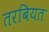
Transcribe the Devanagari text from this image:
तरबियत